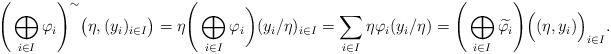
LaTeX: \begin{align*}\Bigg(\bigoplus_{i\in I}\varphi_i\Bigg)^{\sim}\big(\eta,(y_i)_{i\in I}\big)=\eta\Bigg(\bigoplus_{i\in I}\varphi_i\bigg)(y_i/\eta)_{i\in I}=\sum_{i\in I}\eta\varphi_i(y_i/\eta)=\Bigg(\bigoplus_{i\in I}\widetilde{\varphi_i}\Bigg)\Big((\eta,y_i)\Big)_{i\in I}.\end{align*}